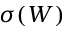
\sigma ( W )